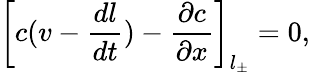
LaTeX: \left[c(v-\frac{dl}{dt})-\frac{\partial c}{\partial x}\right]_{l_{\pm}}=0,